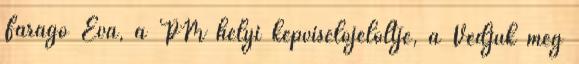
Faragó Éva, a PM helyi képviselőjelöltje, a Védjük meg